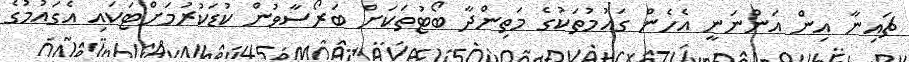
ޗައިނާ އިން އަންނަނީ އެހެން ގައުމުތަކުގެ މަތިންދާ ބޯޓުތަކަށް ބަރޯސާވުން ކުޑަކުރުމަށްޓަކައި އެގައުމުގެ